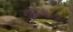
ઇથોયોપિયા